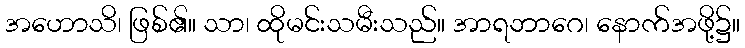
အဟောသိ၊ ဖြစ်၏။ သာ၊ ထိုမင်းသမီးသည်။ အာရဘာဂေ၊ နောက်အဖို့၌။